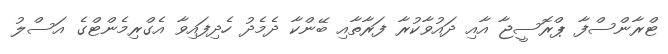
ޓްރާންސްފާ ޕްރޮސީޖާ އާއި ދައުވާކުރާ ފަރާތާއި ބޭންކާ ދެމެދު ހެދިފައިވާ އެގްރިމެންޓްގެ އަސްލު